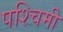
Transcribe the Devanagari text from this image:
पश्‍चिमी